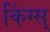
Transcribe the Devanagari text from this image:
किंग्स्